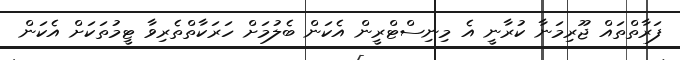
ފަރާތްތައް ޖޫރިމަނާ ކުރާނީ އެ މިނިސްޓްރީން އެކަން ބެލުމަށް ހަރަކާތްތެރިވާ ޓީމުތަކަށް އެކަން